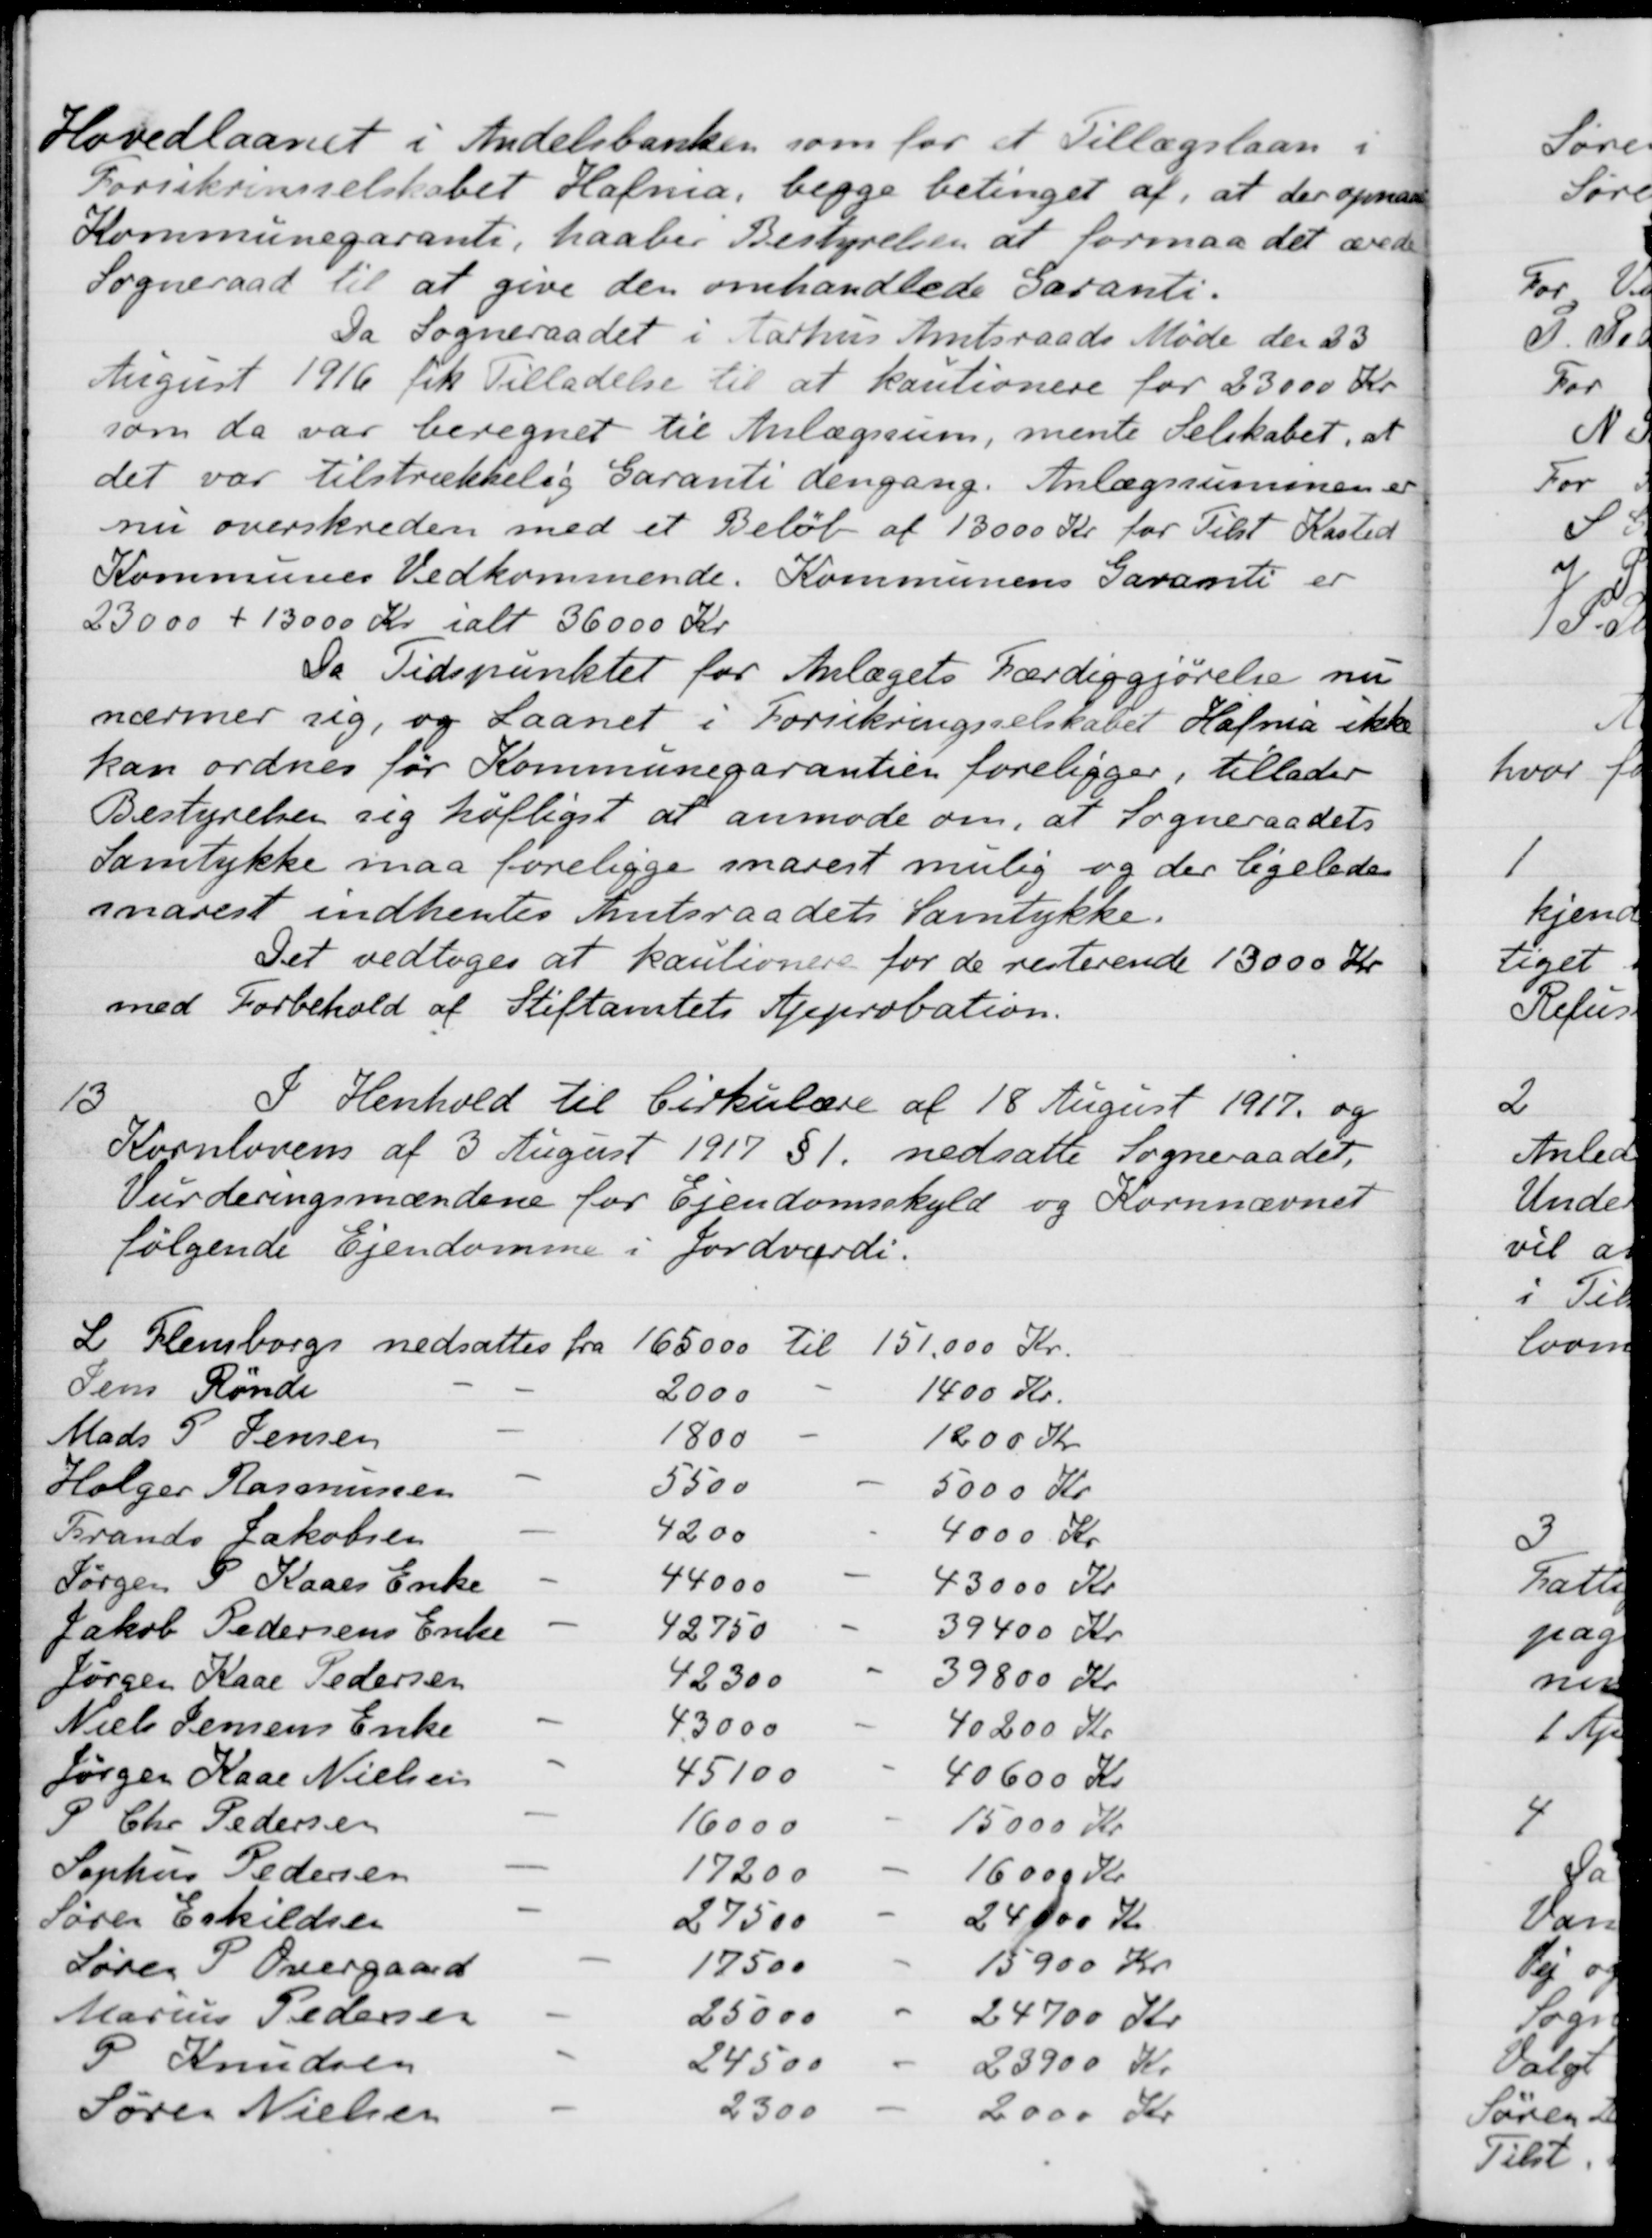
Transskription:
Hovedlaanet i Andelsbanken som for et Tillægslaan i
Forsikrinsselskabet Hafnia, begge betinget af, at der opnaaes
Kommunegaranti, haaber Bestyrelsen at formaa det ærede
Sogneraad til at give den omhandlede Garanti.
Da Sogneraadet i Aarhus Amtsraads Møde den 23
August 1916 fik Tilladelse til at kautionere for 23000 Kr
som da var beregnet til Anlægssum, mente Selskabet, at
det var tilstrækkelig Garanti dengang. Anlægssummen er
nu overskreden med et Beløb af 13000 Kr for Tilst Kasted
Kommunes Vedkommende. Kommunens Garanti er
23000 + 13000 Kr. ialt 36000 Kr
Da Tidspunktet for Anlægets Færdiggjørelse nu
nærmer sig, og Laanet i Forsikringsselskabet Hafnia ikke
kan ordnes før Kommunegarantien foreligger, tillader
Bestyrelsen sig høfligst at anmode om, at Sogneraadets
Samtykke maa foreligge snarest mulig og der ligeledes
snarest indhentes Amtsraadets Samtykke.
Det vedtoges at kautionere for de resterende 13000 Kr
med Forbehold af Stiftamtets Approbation.
13
I Henhold til Cirkulære af 18 August 1917 og
Kornlovens af 3 August 1917 § 1 nedsatte Sogneraadet,
Vurderingsmændene for Ejendomsskyld og Kornnævnet
følgende Ejendomme i Jordværdi.
L Flensborgs nedsattes fra
165000 til 151.000 Kr.
Jens Rønde
2000
1400 Kr.
Mads P. Jensen
1800
1200 Kr
Holger Rasmussen
5500
5000 Kr
Frands Jakobsen
4200
4000 Kr
Jørgen P. Kaaes Enke
44000
43000 Kr
Jakob Pedersens Enke
42750
39400 Kr.
Jørgen Kaae Pedersen
42300
39800 Kr
Niels Jensens Enke
43000
40200 Kr
Jørgen Kaae Nielsen
45100
40600 Kr
P Chr. Pedersen
16000
15000 Kr
Sophus Pedersen
17200
16000 Kr
Søren Eskildsen
27500
24.000 Kr
Søren P Overgaard
17500
15900 Kr
Marius Pedersen
25000
24700 Kr
P Knudsen
24500
23900 Kr
Søren Nielsen
2300
2000Kr